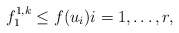
\begin{align*}f_1^{1,k} \leq f(u_i) i = 1, \ldots, r,\end{align*}